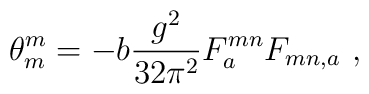
\theta^m_m=-b\frac{g^2}{32\pi^2}F^{mn}_aF_{mn,a} \ ,